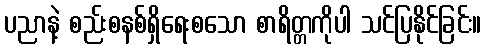
ပညာနဲ့ စည်းစနစ်ရှိရေးစသော စာရိတ္တကိုပါ သင်ပြနိုင်ခြင်း။